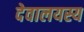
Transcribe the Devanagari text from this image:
देवालयस्य